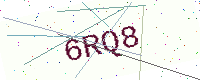
Text: 6RQ8